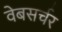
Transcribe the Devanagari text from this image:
वेबसर्चर